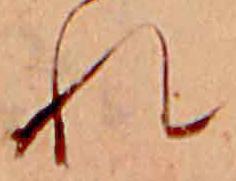
れ